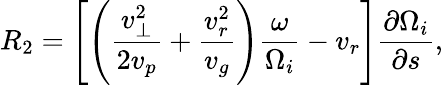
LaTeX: R_{2}=\left[\left(\frac{v_{\perp}^{2}}{2v_{p}}+\frac{v_{r}^{2}}{v_{g}}\right)\frac{\omega}{\Omega_{i}}-v_{r}\right]\frac{\partial\Omega_{i}}{\partial s},